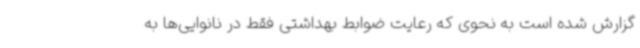
گزارش شده است به نحوی که رعایت ضوابط بهداشتی فقط در نانوایی‌ها به